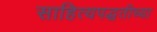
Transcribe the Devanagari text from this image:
साहित्यपद्धतीच्या